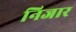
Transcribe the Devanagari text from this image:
निजार